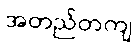
အတည်တကျ